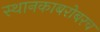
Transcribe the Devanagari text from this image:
स्थानकाबरोबरच